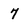
Character: 7